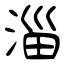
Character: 淄